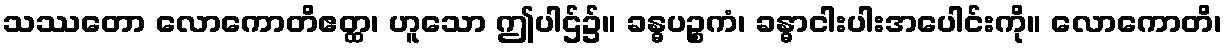
သဿတော လောကောတိဧတ္ထ၊ ဟူသော ဤပါဌ်၌။ ခန္ဓပဉ္စကံ၊ ခန္ဓာငါးပါးအပေါင်းကို။ လောကောတိ၊